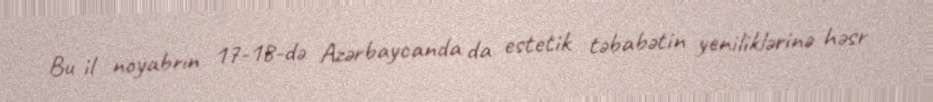
Bu il noyabrın 17-18-də Azərbaycanda da estetik təbabətin yeniliklərinə həsr